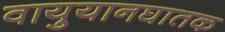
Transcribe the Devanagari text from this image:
वायुयानघातक